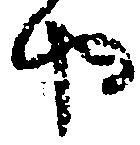
や